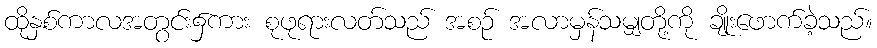
ထိုနှစ်ကာလအတွင်း၌ကား စုဖုရားလတ်သည် အစဉ် အလာမှန်သမျှတို့ကို ချိုးဖောက်ခဲ့သည်။